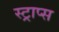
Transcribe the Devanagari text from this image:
स्ट्राप्स